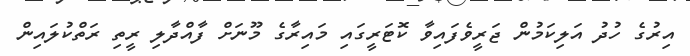
އިރުގެ ހުދު އަލިކަމުން ޖަރީވެފައިވާ ކޮޓަރީގައި މައިރާގެ މޫނަށް ފާއްދާލި ރީތި ރަތްކުލައިން